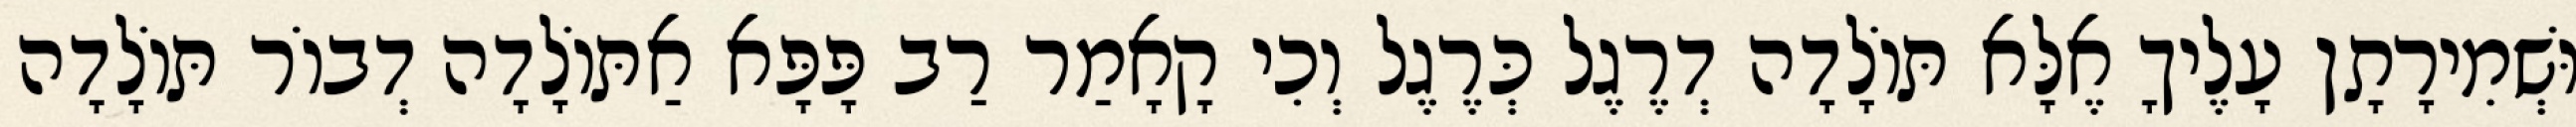
וּשְׁמִירָתָן עָלֶיךָ אֶלָּא תּוֹלָדָה דְרֶגֶל כְּרֶגֶל וְכִי קָאָמַר רַב פָּפָּא אַתּוֹלָדָה דְבוֹר תּוֹלָדָה